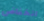
انخفاض